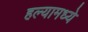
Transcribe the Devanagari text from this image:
हल्यामध्ये